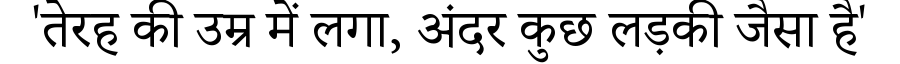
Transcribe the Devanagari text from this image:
'तेरह की उम्र में लगा, अंदर कुछ लड़की जैसा है'